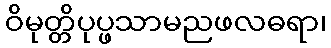
ဝိမုတ္တိပုပ္ဖသာမညဖလဓရာ၊